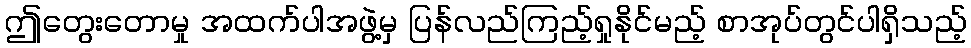
ဤတွေးတောမှု အထက်ပါအဖွဲ့မှ ပြန်လည်ကြည့်ရှုနိုင်မည့် စာအုပ်တွင်ပါရှိသည့်